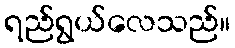
ရည်ရွယ်လေသည်။